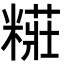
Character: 糚